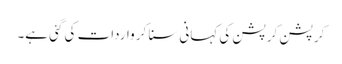
کرپشن کرپشن کی کہانی سنا کر واردات کی گئی ہے۔